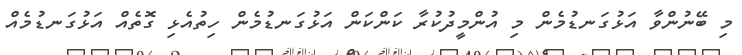
މި ބޭނުންވާ އަޅުގަނޑުމެން މި އުންމީދުކުރާ ކަންކަން އަޅުގަނޑުމެން ހިތުއެޅި ގޮތެއް އަޅުގަނޑުމެއް